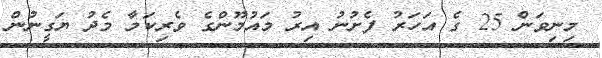
މިނިވަން 25 ގެ އަހަރު ފެށުނު އިރު މައުމޫންގެ ވެރިކަމާ މެދު ޔަގީނުން